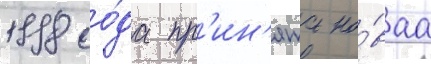
1998 го́да пр'ин'ята но́ваа